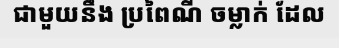
ជាមួយនឹង ប្រពៃណី ចម្លាក់ ដែល